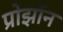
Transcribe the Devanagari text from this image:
प्रोझॉन